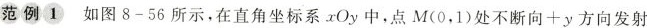
范例1 如图8-56所示，在直角坐标系xOy中，点M(0，1)处不断向+y方向发射